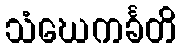
သံဃေကင်္ခတိ